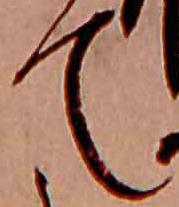
て